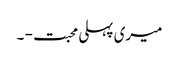
میری پہلی محبت - ۔